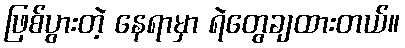
ဖြစ်ပွားတဲ့ နေရာမှာ ရဲတွေချထားတယ်။